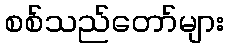
စစ်သည်တော်များ